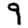
Digit: 9